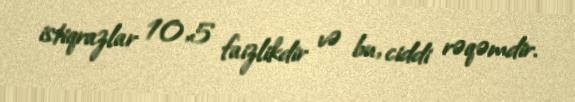
istiqrazlar 10,5 faizlikdir və bu, ciddi rəqəmdir.